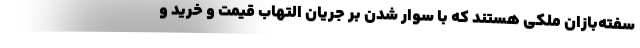
سفته‌بازان ملکی هستند که با سوار شدن بر جریان التهاب قیمت و خرید و